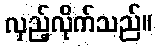
လှည့်လိုက်သည်။